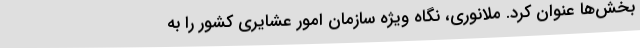
بخش‌ها عنوان کرد. ملانوری، نگاه ویژه سازمان امور عشایری کشور را به